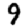
Digit: 9